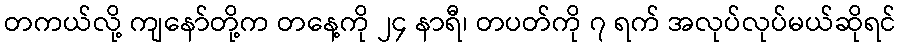
တကယ်လို့ ကျနော်တို့က တနေ့ကို ၂၄ နာရီ၊ တပတ်ကို ၇ ရက် အလုပ်လုပ်မယ်ဆိုရင်